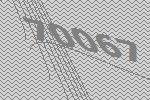
70067